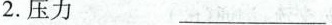
2.压力 ___